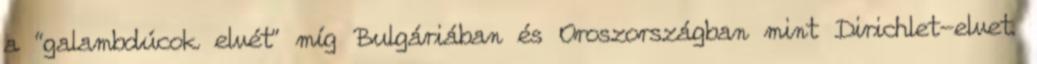
a “galambdúcok elvét” míg Bulgáriában és Oroszországban mint Dirichlet-elvet.